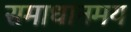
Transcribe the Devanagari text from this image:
समाधानमय